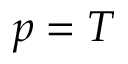
p = T